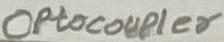
Text: OPtocoupler